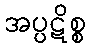
အပ္ပဋိစ္စ